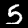
Digit: 5